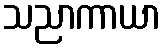
သညာကာယာ